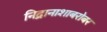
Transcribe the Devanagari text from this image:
निद्रानाशाबरोबर